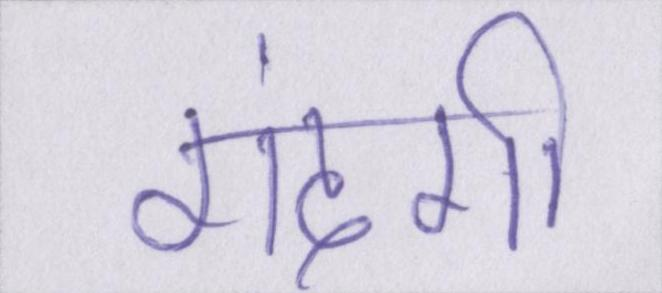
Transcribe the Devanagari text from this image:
गंदगी